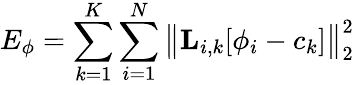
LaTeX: E_{\phi}=\sum_{k=1}^{K}\sum_{i=1}^{N}\big\lVert{\mathbf L}_{i,k}[\phi_{i}-c_{k}]\big\rVert_{2}^{2}